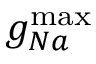
g _ { N a } ^ { \operatorname* { m a x } }